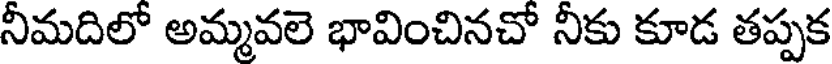
నీమదిలో అమ్మవలె భావించినచో నీకు కూడ తప్పక